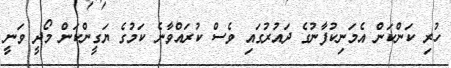
ހުރި ކަންކަން އެމަނިކުފާނުގެ ދައުރުގައި ވެސް ކުރައްވާނެ ކަމުގެ ޔަގީންކަން މޯދީ ވަނީ